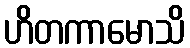
ဟိတကာမောသိ